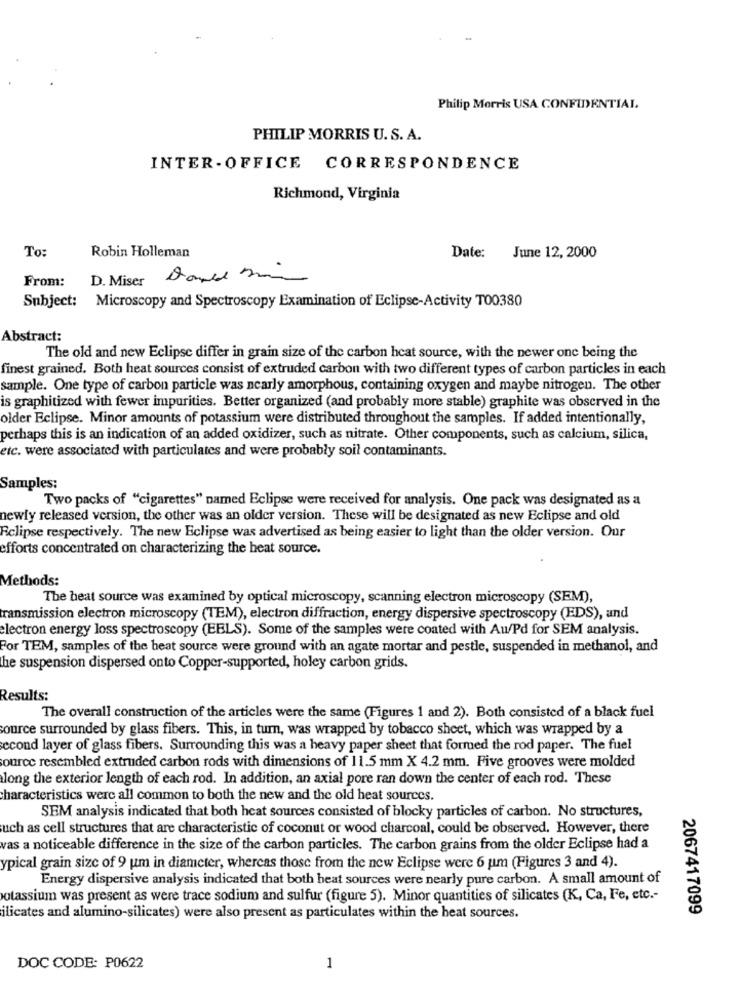
Philip Morris USA CONFIDENTIAL
PHILIP MORRIS U. S. A.
INTER-OFFICE CORRESPONDENCE
Richmond, Virginia
June 12, 2000
To:
Robin Holleman
Date:
From:
D. Miser
Subject: Microscopy and Spectroscopy Examination of Eclipse-Activity T00380
Abstract:
The old and new Eclipse differ in grain size of the carbon heat source, with the newer one being the
finest grained. Both heat sources consist of extruded carbon with two different types of carbon particles in each
sample. One type of carbon particle was nearly amorphous, containing oxygen and maybe nitrogen. The other
is graphitized with fewer impurities. Better organized (and probably more stable) graphite was observed in the
older Eclipse. Minor amounts of potassium were distributed throughout the samples. If added intentionally,
perhaps this is an indication of an added oxidizer, such as nitrate. Other components, such as calcium, silica,
etc. were associated with particulates and were probably soil contaminants.
Samples:
Two packs of "cigarettes" named Eclipse were received for analysis. One pack was designated as a
newly released version, the other was an older version. These will be designated as new Eclipse and old
Eclipse respectively. The new Eclipse was advertised as being easier to light than the older version. Our
efforts concentrated on characterizing the heat source.
Methods:
The heat source was examined by optical microscopy, scanning electron microscopy (SEM),
transmission electron microscopy (TEM), electron diffraction, energy dispersive spectroscopy (EDS), and
electron energy loss spectroscopy (EELS). Some of the samples were coated with Au/Pd for SEM analysis.
For TEM, samples of the beat source were ground with an agate mortar and pestle, suspended in methanol, and
he suspension dispersed onto Copper-supported, holey carbon grids.
Results:
The overall construction of the articles were the same (Figures 1 and 2). Both consisted of a black fuel
source surrounded by glass fibers. This, in turn, was wrapped by tobacco sheet, which was wrapped by a
second layer of glass fibers. Surrounding this was a heavy paper sheet that formed the rod paper. The fuel
ource resembled extruded carbon rods with dimensions of 11.5 mm X 4.2 mm. Five grooves were molded
long the exterior length of each rod. In addition, an axial pore ran down the center of each rod. These
characteristics were all common to both the new and the old heat sources.
SEM analysis indicated that both heat sources consisted of blocky particles of carbon. No structures,
uch as cell structures that are characteristic of coconut or wood charcoal, could be observed. However, there
vas a noticeable difference in the size of the carbon particles. The carbon grains from the older Eclipse had a
ypical grain size of 9 um in diameter, whereas those from the new Eclipse were 6 um (Figures 3 and 4).
Energy dispersive analysis indicated that both heat sources were nearly pure carbon. A small amount of
potassium was present as were trace sodium and sulfur (figure 5). Minor quantities of silicates (K, Ca, Fe, etc .-
2067417099
ilicates and alumino-silicates) were also present as particulates within the heat sources.
DOC CODE: P0622
1